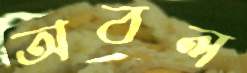
অবল